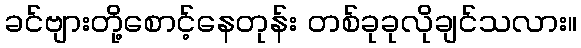
ခင်ဗျားတို့စောင့်နေတုန်း တစ်ခုခုလိုချင်သလား။